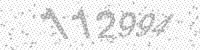
Solution: 112994